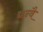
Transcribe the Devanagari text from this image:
द्यन्वै